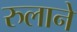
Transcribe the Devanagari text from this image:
रुलाने